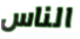
الناس